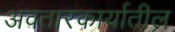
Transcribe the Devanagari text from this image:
अवतारकार्यातील